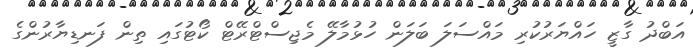
އަބްދު ގާޒީ ހައްޔަރުކުރި މައްސަލަ ބަލަން ހުޅުމާލޭ މެޖިސްޓްރޭޓް ކޯޓުގައި ތިން ފަނޑިޔާރުންގެ